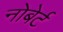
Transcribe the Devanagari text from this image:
नोबेर्ट